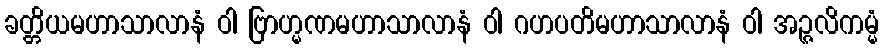
ခတ္တိယမဟာသာလာနံ ဝါ ဗြာဟ္မဏမဟာသာလာနံ ဝါ ဂဟပတိမဟာသာလာနံ ဝါ အဉ္ဇလိကမ္မံ